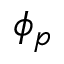
\phi _ { p }